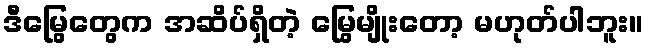
ဒီမြွေတွေက အဆိပ်ရှိတဲ့ မြွေမျိုးတော့ မဟုတ်ပါဘူး။